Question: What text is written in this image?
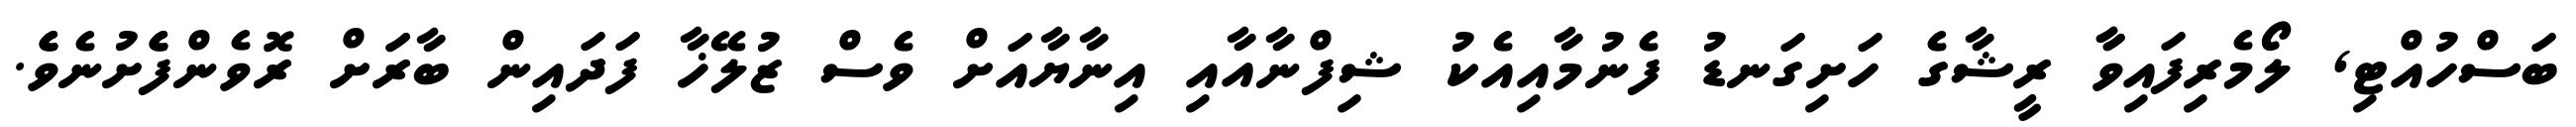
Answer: ބަސްހުއްޓި, ލޯމެރިފައިވާާ ރީޝާގެ ހަށިގަނޑު ފެނުމާއިއެކު ޝިފްނާއާއި އިނާޔާއަށް ވެސް ޒުލޭޚާ ފަދައިން ބާރަަށް ރޮވެންފެެށުނެވެެ.